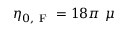
\eta _ { 0 , \mathrm { ~ F ~ } } = 1 8 \pi \ \mu